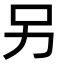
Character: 另